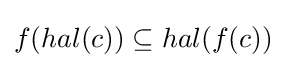
f(hal(c))\subseteq hal(f(c))